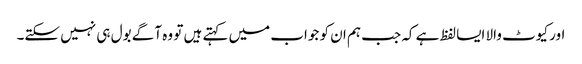
اور کیوٹ والا ایسا لفظ ہے کہ جب ہم ان کو جواب میں کہتے ہیں تو وہ آگے بول ہی نہیں سکتے۔